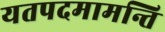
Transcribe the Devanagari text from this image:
यतपदमामन्ति